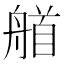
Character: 艏